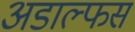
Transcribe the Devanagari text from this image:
अडाल्फस